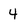
Character: 4